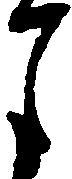
月